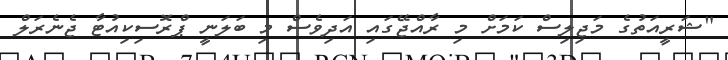
"ޝަރީއަތުގެ މަޖިލިސް ކަމަށް މި ރާއްޖޭގައި އަދިވެސް މި ބަލަނީ ޕްރޮސިކިއުޓާ ޖެނެރަލް